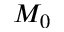
M _ { 0 }